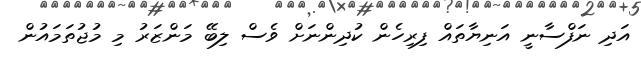
އަދި ނަފްސާނީ އަނިޔާތައް ފިރިހެން ކުދިންނަށް ވެސް ލިބޭ މަންޒަރު މި މުޖުތަމައުން